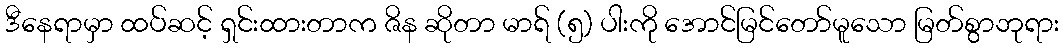
ဒီနေရာမှာ ထပ်ဆင့် ရှင်းထားတာက ဇိန ဆိုတာ မာရ် (၅) ပါးကို အောင်မြင်တော်မူသော မြတ်စွာဘုရား